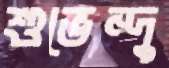
শুভেন্দু